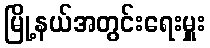
မြို့နယ်အတွင်းရေးမှူး